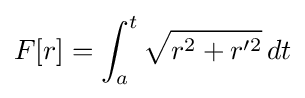
F[r]=\int _{a}^{t}{\sqrt {r^{2}+r'^{2}}}\,dt